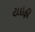
ટાઇફી